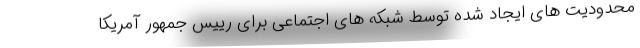
محدودیت های ایجاد شده توسط شبکه های اجتماعی برای رییس جمهور آمریکا